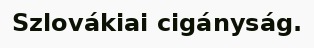
Szlovákiai cigányság.